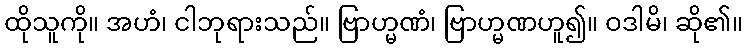
ထိုသူကို။ အဟံ၊ ငါဘုရားသည်။ ဗြာဟ္မဏံ၊ ဗြာဟ္မဏဟူ၍။ ဝဒါမိ၊ ဆို၏။